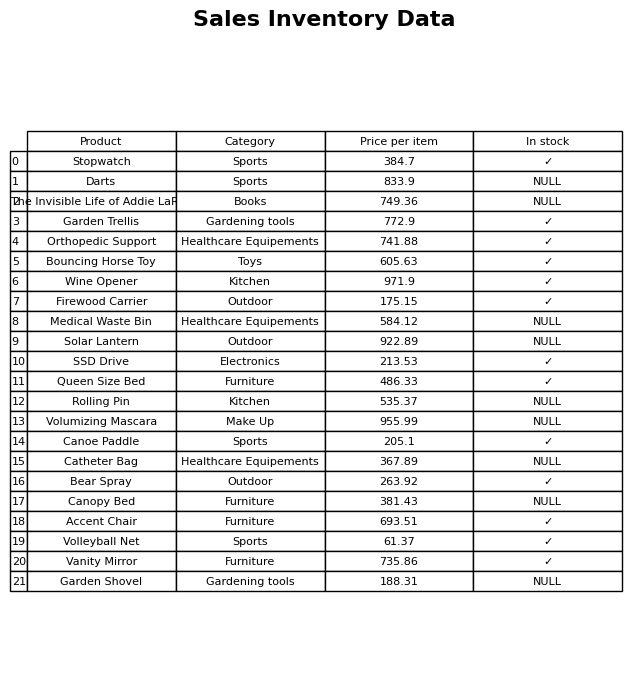
question: What is the price of the Canopy Bed?
answer: The price of Canopy Bed is 381.43.